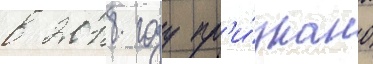
в 2018 году пр'и́знано